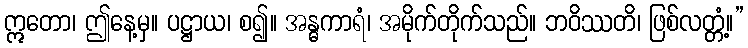
ဣတော၊ ဤနေ့မှ။ ပဋ္ဌာယ၊ စ၍။ အန္ဓကာရံ၊ အမိုက်တိုက်သည်။ ဘဝိဿတိ၊ ဖြစ်လတ္တံ့။”